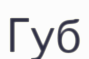
Губ